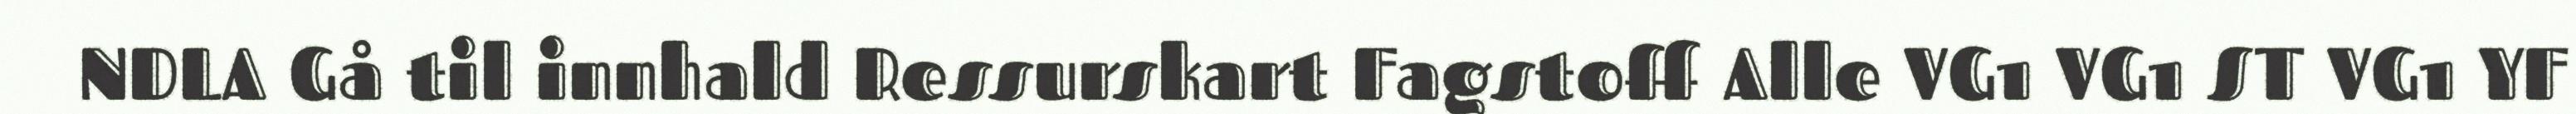
NDLA Gå til innhald Ressurskart Fagstoff Alle VG1 VG1 ST VG1 YF